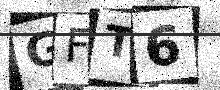
Text: GFT6